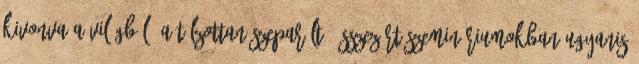
kivonva a világból. A túlzottan szeparált, összezárt szemináriumokban ugyanis